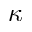
\kappa